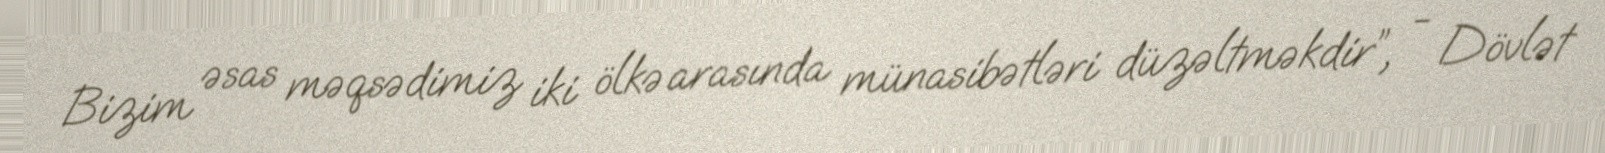
Bizim əsas məqsədimiz iki ölkə arasında münasibətləri düzəltməkdir”, - Dövlət